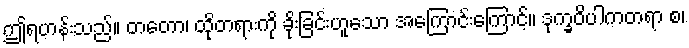
ဤရဟန်းသည်။ တတော၊ ထိုတရားကို ခိုးခြင်းဟူသော အကြောင်းကြောင့်။ ဒုက္ခဝိပါကတရာ စ၊